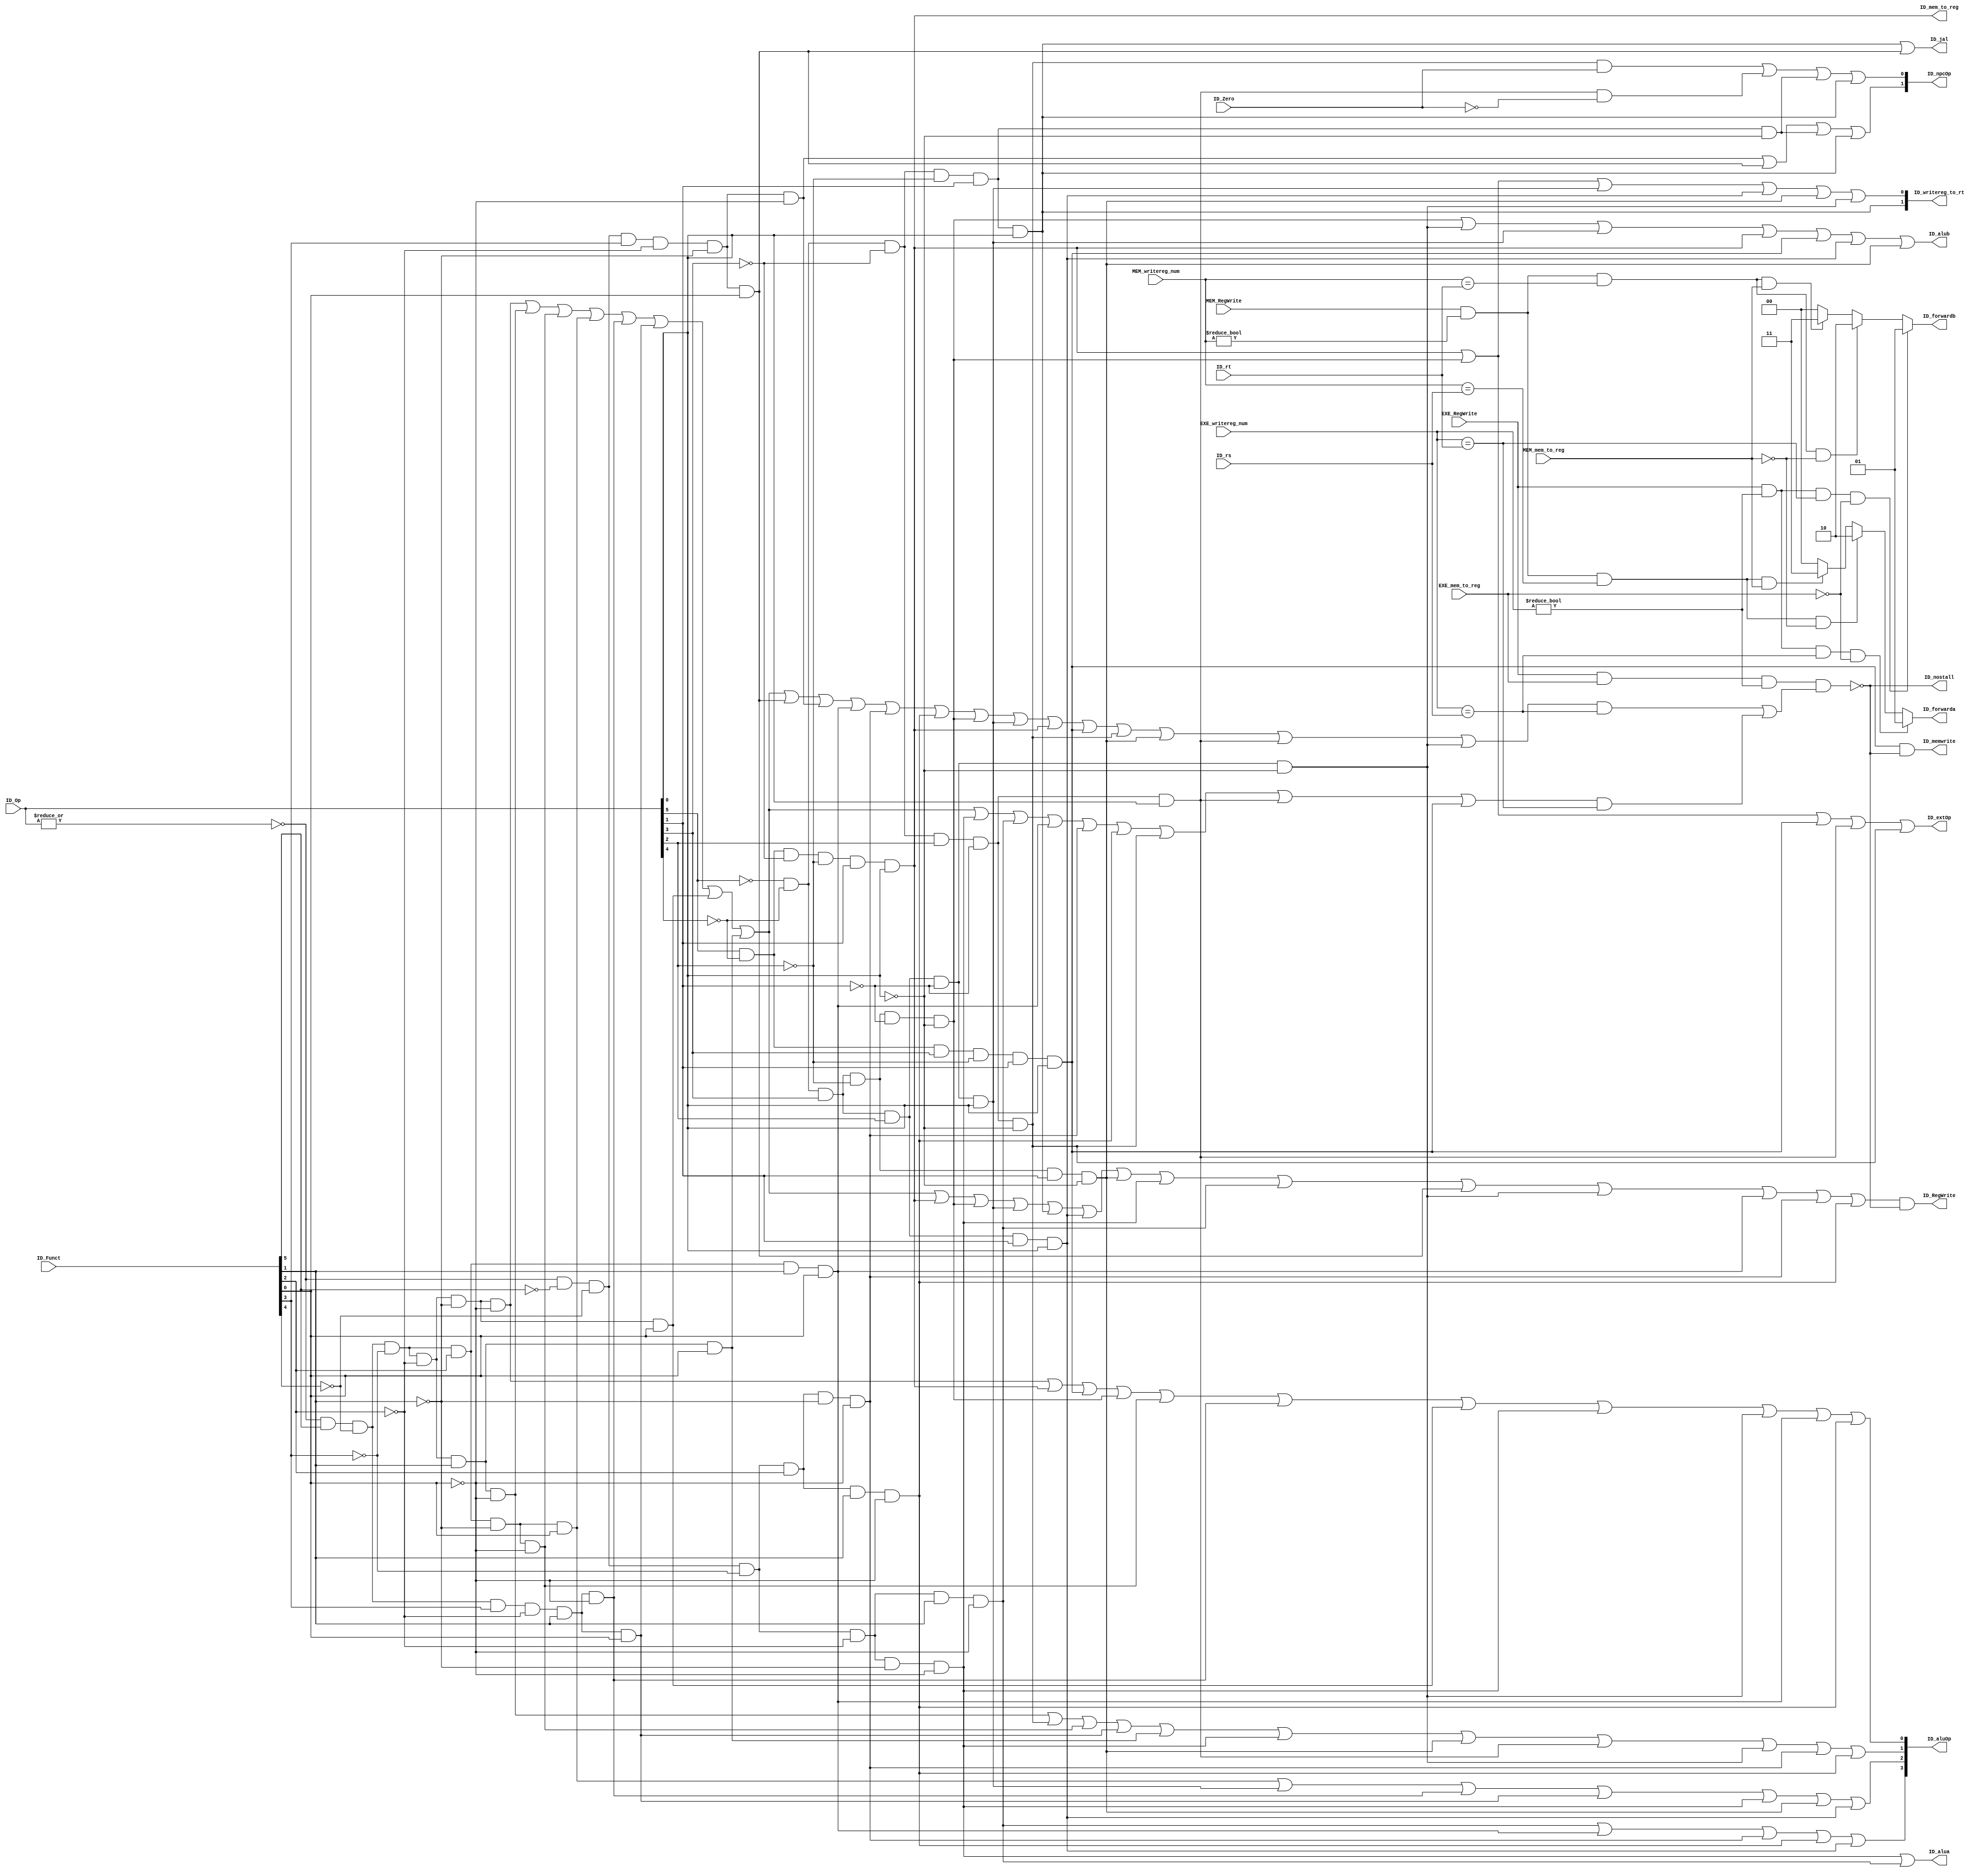
// `include "ctrl_encode_def.v"

module ctrl(ID_Op, ID_Funct,ID_rs,ID_rt,ID_Zero,
			EXE_RegWrite,MEM_RegWrite,EXE_mem_to_reg,MEM_mem_to_reg,EXE_writereg_num,MEM_writereg_num,
            ID_RegWrite,ID_mem_to_reg,ID_writereg_to_rt,ID_memwrite,
            ID_extOp, ID_aluOp, ID_npcOp,ID_jal,ID_alua,ID_alub,ID_nostall,ID_forwarda,ID_forwardb,
            );
            
   
	input [5:0] ID_Op, ID_Funct;
	input [4:0] ID_rs,ID_rt,EXE_writereg_num,MEM_writereg_num;
	input ID_Zero,EXE_RegWrite,MEM_RegWrite,EXE_mem_to_reg,MEM_mem_to_reg;
	
	output ID_RegWrite,ID_mem_to_reg,ID_memwrite,ID_jal,ID_extOp,ID_alua,ID_alub,ID_nostall;
	output [1:0] ID_npcOp,ID_forwarda,ID_forwardb,ID_writereg_to_rt;
	output [3:0] ID_aluOp;
	
	reg [1:0] ID_forwarda,ID_forwardb;
	
	// r format
	wire rtype  = ~|ID_Op;
	wire i_add  = 	rtype& ID_Funct[5]&~ID_Funct[4]&~ID_Funct[3]&~ID_Funct[2]&~ID_Funct[1]&~ID_Funct[0]; // add
	wire i_sub  = 	rtype& ID_Funct[5]&~ID_Funct[4]&~ID_Funct[3]&~ID_Funct[2]& ID_Funct[1]&~ID_Funct[0]; // sub
	wire i_and  = 	rtype& ID_Funct[5]&~ID_Funct[4]&~ID_Funct[3]& ID_Funct[2]&~ID_Funct[1]&~ID_Funct[0]; // and
	wire i_or   = 	rtype& ID_Funct[5]&~ID_Funct[4]&~ID_Funct[3]& ID_Funct[2]&~ID_Funct[1]& ID_Funct[0]; // or
	wire i_slt  = 	rtype& ID_Funct[5]&~ID_Funct[4]& ID_Funct[3]&~ID_Funct[2]& ID_Funct[1]&~ID_Funct[0]; // slt
	wire i_sltu = 	rtype& ID_Funct[5]&~ID_Funct[4]& ID_Funct[3]&~ID_Funct[2]& ID_Funct[1]& ID_Funct[0]; // sltu
	wire i_addu = 	rtype& ID_Funct[5]&~ID_Funct[4]&~ID_Funct[3]&~ID_Funct[2]&~ID_Funct[1]& ID_Funct[0]; // addu
	wire i_subu = 	rtype& ID_Funct[5]&~ID_Funct[4]&~ID_Funct[3]&~ID_Funct[2]& ID_Funct[1]& ID_Funct[0]; // subu
   
	//
	wire i_sll 	= 	rtype& ~ID_Funct[5]&~ID_Funct[4]&~ID_Funct[3]&~ID_Funct[2]& ~ID_Funct[1]& ~ID_Funct[0];
	wire i_srl 	= 	rtype& ~ID_Funct[5]&~ID_Funct[4]&~ID_Funct[3]&~ID_Funct[2]& ID_Funct[1]& ~ID_Funct[0];
	wire i_jalr = 	rtype& ~ID_Funct[5]&~ID_Funct[4]&ID_Funct[3]&~ID_Funct[2]& ~ID_Funct[1]& ID_Funct[0];
	wire i_jr	= 	rtype& ~ID_Funct[5]&~ID_Funct[4]&ID_Funct[3]&~ID_Funct[2]& ~ID_Funct[1]& ~ID_Funct[0];
	wire i_nor 	=	rtype& ID_Funct[5]&~ID_Funct[4]&~ID_Funct[3]&ID_Funct[2]& ID_Funct[1]& ID_Funct[0];
	wire i_sllv =	rtype& ~ID_Funct[5]&~ID_Funct[4]&~ID_Funct[3]&ID_Funct[2]& ~ID_Funct[1]& ~ID_Funct[0];
	wire i_srlv = 	rtype& ~ID_Funct[5]&~ID_Funct[4]&~ID_Funct[3]&ID_Funct[2]& ID_Funct[1]& ~ID_Funct[0];
	// i format
	wire i_addi = 	~ID_Op[5]&~ID_Op[4]& ID_Op[3]&~ID_Op[2]&~ID_Op[1]&~ID_Op[0]; // addi
	wire i_ori  = 	~ID_Op[5]&~ID_Op[4]& ID_Op[3]& ID_Op[2]&~ID_Op[1]& ID_Op[0]; // ori
	wire i_lw   =  	ID_Op[5]&~ID_Op[4]&~ID_Op[3]&~ID_Op[2]& ID_Op[1]& ID_Op[0]; // lw
	wire i_sw   = 	 ID_Op[5]&~ID_Op[4]& ID_Op[3]&~ID_Op[2]& ID_Op[1]& ID_Op[0]; // sw
	wire i_beq  = 	~ID_Op[5]&~ID_Op[4]&~ID_Op[3]& ID_Op[2]&~ID_Op[1]&~ID_Op[0]; // beq
	wire i_lui  = 	~ID_Op[5]&~ID_Op[4]&ID_Op[3]& ID_Op[2]&ID_Op[1]&ID_Op[0];//lui
	wire i_slti = 	~ID_Op[5]&~ID_Op[4]&ID_Op[3]& ~ID_Op[2]&ID_Op[1]&~ID_Op[0];//slti
	wire i_bne  = 	~ID_Op[5]&~ID_Op[4]&~ID_Op[3]& ID_Op[2]&~ID_Op[1]&ID_Op[0];//bne
	wire i_andi =	~ID_Op[5]&~ID_Op[4]&ID_Op[3]& ID_Op[2]&~ID_Op[1]&~ID_Op[0];//andi
	// j format
	wire i_j    =	~ID_Op[5]&~ID_Op[4]&~ID_Op[3]&~ID_Op[2]& ID_Op[1]&~ID_Op[0];  // j
	wire i_jal  = 	~ID_Op[5]&~ID_Op[4]&~ID_Op[3]&~ID_Op[2]& ID_Op[1]& ID_Op[0];  // jal
	
	
	//lwlwrsrt
	wire i_rs = i_add | i_sub | i_and |i_or | i_slt | i_sltu | i_addu | i_subu | i_jalr | i_jr | i_nor | i_sllv | i_srlv | i_addi | i_ori | i_lw | i_sw | i_beq | i_slti | i_bne | i_andi;
	wire i_rt = i_add | i_sub | i_and |i_or | i_slt | i_sltu | i_addu | i_subu | i_sll | i_srl | i_nor | i_sllv | i_srlv | i_beq | i_bne | i_sw;
	//
	assign ID_RegWrite	=	(i_add |i_sub| i_and|i_or|i_slt|i_sltu|i_addu|i_subu| i_lw | i_addi | i_ori | i_jal | i_lui | i_slti | i_sll | i_srl | i_jalr| i_andi | i_nor | i_sllv | i_srlv) & ID_nostall; // register write 
	
	//ROM
	assign ID_memwrite   = i_sw & ID_nostall;                           // memory write
	
	//,alu
	assign ID_mem_to_reg = i_lw;
	
	//lw/sw
	assign ID_nostall = ~(EXE_RegWrite & EXE_mem_to_reg & (EXE_writereg_num !=0) & ( i_rs & (EXE_writereg_num == ID_rs) | i_rt & (EXE_writereg_num == ID_rt)));
						
	//rdlwrt
	//jal31,31
	assign ID_writereg_to_rt [0] = i_lw  | i_addi | i_ori | i_lui | i_slti | i_andi;
	assign ID_writereg_to_rt [1] = i_jal;
	//jaljalr31PC
	assign ID_jal = i_jal | i_jalr;

	//0
	assign ID_extOp = i_addi | i_lw | i_sw | i_bne | i_beq;

	//aluaforwardasllsrlshamt
	assign ID_alua = i_sll | i_srl;
	
	//alubforwardbaddi
	assign ID_alub = i_addi | i_andi | i_ori | i_lw | i_sw | i_lui | i_slti;
	
	//pc+4
	//01 bpc+
	//10 npc jr jalr
	//11 jpcjjal
	assign ID_npcOp[1] = i_jr | i_jalr | i_j | i_jal;
	assign ID_npcOp[0] = i_beq & ID_Zero | i_bne & ~ID_Zero | i_j | i_jal;
	
	//
	always @ (ID_rs,ID_rt,EXE_RegWrite,EXE_mem_to_reg,EXE_writereg_num,MEM_RegWrite,MEM_mem_to_reg,MEM_writereg_num)
		begin
		
		ID_forwarda = 2'b00;//
		if(EXE_RegWrite & (EXE_writereg_num!=0) &(EXE_writereg_num ==ID_rs) & ~EXE_mem_to_reg)
			begin
				ID_forwarda = 2'b01;//EXE-IDR
			end
		else if(MEM_RegWrite & (MEM_writereg_num!=0) &(MEM_writereg_num ==ID_rs) &~MEM_mem_to_reg)
			begin
				ID_forwarda = 2'b10;//MEM-ID
			end
		else if(MEM_RegWrite & (MEM_writereg_num!=0) & (MEM_writereg_num==ID_rs) & MEM_mem_to_reg)
			begin
				ID_forwarda = 2'b11;//lw
			end
			
		ID_forwardb = 2'b00;//
		if(EXE_RegWrite & (EXE_writereg_num!=0) &(EXE_writereg_num ==ID_rt) & ~EXE_mem_to_reg)
			begin
				ID_forwardb = 2'b01;//EXE-IDR
			end
		else if(MEM_RegWrite & (MEM_writereg_num!=0) &(MEM_writereg_num ==ID_rt) &~MEM_mem_to_reg)
			begin
				ID_forwardb = 2'b10;//MEM-ID
			end
		else if(MEM_RegWrite & (MEM_writereg_num!=0) & (MEM_writereg_num==ID_rt) & MEM_mem_to_reg)
			begin
				ID_forwardb = 2'b11;//lw
			end	
		end
		
	//ALU
	assign ID_aluOp[0] = i_add | i_lw | i_sw | i_addi | i_and | i_slt | i_addu | i_sll | i_andi | i_nor |i_srlv;
	assign ID_aluOp[1] = i_sub | i_beq | i_and | i_sltu | i_subu | i_sll | i_slti | i_bne | i_andi | i_sllv|i_srlv;
	assign ID_aluOp[2] = i_or | i_ori | i_slt | i_sltu | i_sll | i_slti | i_lui ; 
	assign ID_aluOp[3] = i_srl | i_nor |i_sllv|i_srlv | i_lui;
		
endmodule